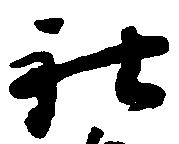
社